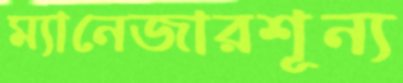
ম্যানেজারশূন্য